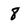
Character: 8